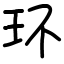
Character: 环